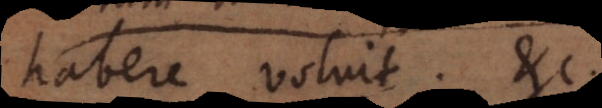
habere voluit e